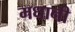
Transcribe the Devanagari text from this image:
मधानी